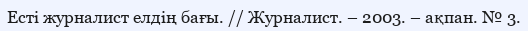
Есті журналист елдің бағы. // Журналист. – 2003. – ақпан. № 3.